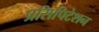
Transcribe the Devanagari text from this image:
प्रसिपिटेशन